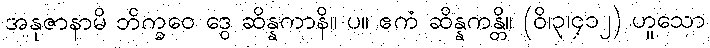
အနုဇာနာမိ ဘိက္ခဝေ ဒွေ ဆိန္နကာနိ။ ပ။ ဧကံ ဆိန္နကန္တိ။ (ဝိ၊၃၊၄၁၂) ဟူသော